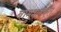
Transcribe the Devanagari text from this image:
बामुशक्कत